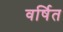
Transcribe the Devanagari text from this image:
वर्षित